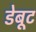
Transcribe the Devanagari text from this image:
डेबूट